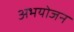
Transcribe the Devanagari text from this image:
अभयोजन